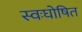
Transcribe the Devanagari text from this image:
स्वःघोषित